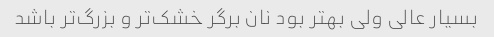
بسیار عالی ولی بهتر بود نان برگر خشک‌تر و بزرگ‌تر باشد